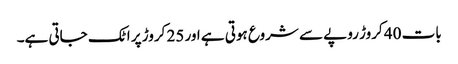
بات 40 کروڑ روپے سے شروع ہوتی ہے اور 25 کروڑ پر اٹک جاتی ہے۔